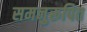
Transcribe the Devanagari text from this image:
समनुरूपित